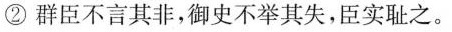
②群臣不言其非，御史不举其失，臣实耻之。